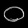
Digit: ၀